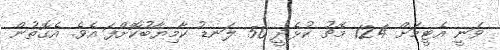
ވަނީ އެޓީމަށް 124 މެޗު ކުޅެދީ 50 ލަނޑު ކާމިޔާބުކޮށްފަ އެވެ. އެގޮތުން